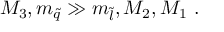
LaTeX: M _ { 3 } , m _ { \tilde { q } } \gg m _ { \tilde { l } } , M _ { 2 } , M _ { 1 } \ .